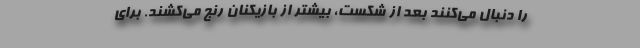
را دنبال می‌کنند بعد از شکست، بیشتر از بازیکنان رنج می‌کشند. برای